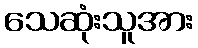
သေဆုံးသူအား